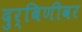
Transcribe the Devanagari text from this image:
दुर्बिणीवर